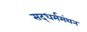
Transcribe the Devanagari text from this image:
सद्‌धर्ममंथन